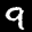
Label: 9